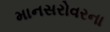
માનસરોવરના